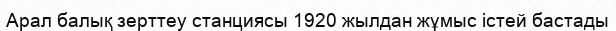
Арал балық зерттеу станциясы 1920 жылдан жұмыс істей бастады